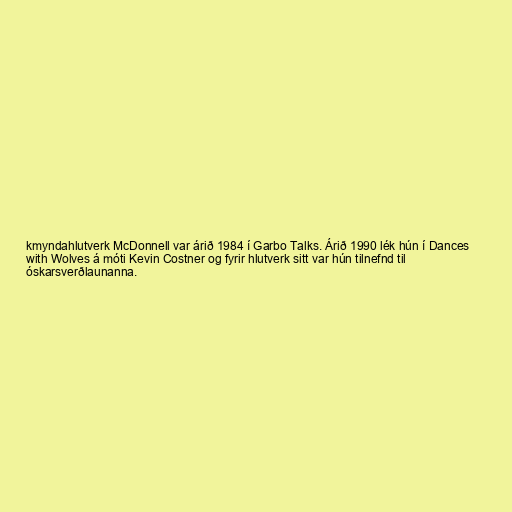
kmyndahlutverk McDonnell var árið 1984 í Garbo Talks. Árið 1990 lék hún í Dances
with Wolves á móti Kevin Costner og fyrir hlutverk sitt var hún tilnefnd til
óskarsverðlaunanna.